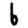
Digit: 6